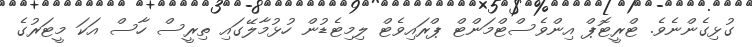
ގުޅިގެންނެވެ. ޓްރީޓޮޕް އިންވެސްޓްމަންޓް ޕްރައިވެޓް ލިމިޓެޑުން ހުޅުމާލޭގައި ތިރީސް ހާސް އަކަ މީޓަރުގެ